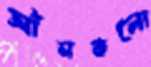
আঁচাকলো